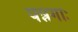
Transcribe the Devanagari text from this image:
पन्नगाः